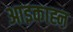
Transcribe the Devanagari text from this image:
आइकाह्न